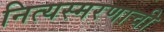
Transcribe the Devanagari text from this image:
नित्यस्मरणाची